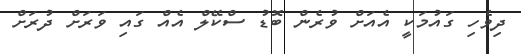
ދިވެހި ގައުމަކީ އެއަށް ވުރެން ބޮޑު ސްކޭލް އެއް ގައި ވަރަށް ދުރަށް